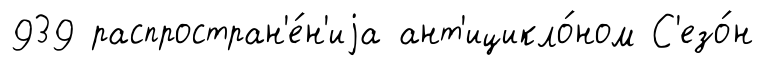
939 распростран'е́н'иjа ант'ицикло́ном С'езо́н